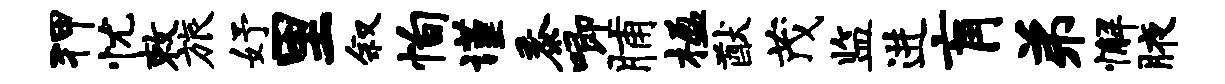
狎忧敕旅妤里叙恂谨黍唧脯楹猷茂监进肓弟懈腋